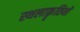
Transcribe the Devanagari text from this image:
स्थलाकॄतियों